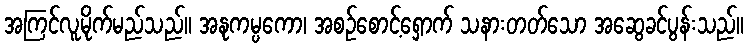
အကြင်လူမိုက်မည်သည်။ အနုကမ္ပကော၊ အစဉ်စောင့်ရှောက် သနားတတ်သော အဆွေခင်ပွန်းသည်။